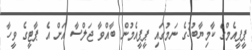
ޕީޕީއެމްގެ ކާމިޔާބު3ގެ ނަމުގައި ޕީޕީއެމުން ބާއްވާ ޖަލްސާ އަށް އެ ޕާޓީގެ ވީހާ